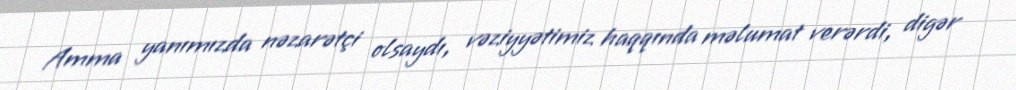
Amma yanımızda nəzarətçi olsaydı, vəziyyətimiz haqqında məlumat verərdi, digər